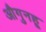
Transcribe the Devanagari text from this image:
औगुनहू